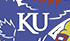
KU